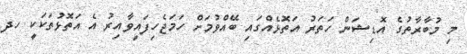
މި މުބާރާތުގެ އޮޑިޝަން ހަތަރު އަތޮޅެއްގައި ބޭއްވުމަށް ހަމަޖެހިފައިވާއިރު އެ އަތޮޅުތަކަކީ ހދ